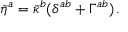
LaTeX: \bar { \eta } ^ { a } = \bar { \kappa } ^ { b } ( \delta ^ { a b } + \Gamma ^ { a b } ) \, .